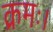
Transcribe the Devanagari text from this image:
क्रमः।